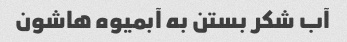
آب شکر بستن به آبمیوه هاشون